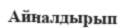
Айналдырып